Source: Handwritten
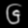
Digit: ၆ (6)